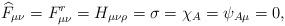
LaTeX: \begin{align*}\widehat{F}_{\mu\nu}=F^r_{\mu\nu}=H_{\mu\nu\rho}=\sigma=\chi_A=\psi_{A\mu}=0 ,\end{align*}